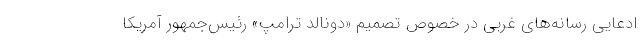
ادعایی رسانه‌های غربی در خصوص تصمیم «دونالد ترامپ» رئیس‌جمهور آمریکا